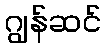
ဂျွန်ဆင်